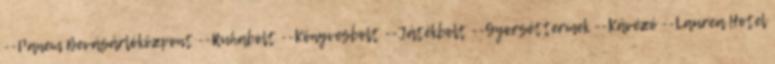
--Panem Bevásárlóközpont --Ruhabolt --Könyvesbolt --Játékbolt --Gyorséttermek --Kávézó --Laurea Hotel